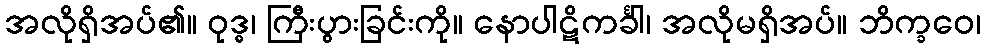
အလိုရှိအပ်၏။ ဝုဒ္ဓ၊ ကြီးပွားခြင်းကို။ နောပါဋိကင်္ခါ၊ အလိုမရှိအပ်။ ဘိက္ခဝေ၊